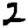
Digit: 2